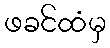
ဖခင်ထံမှ